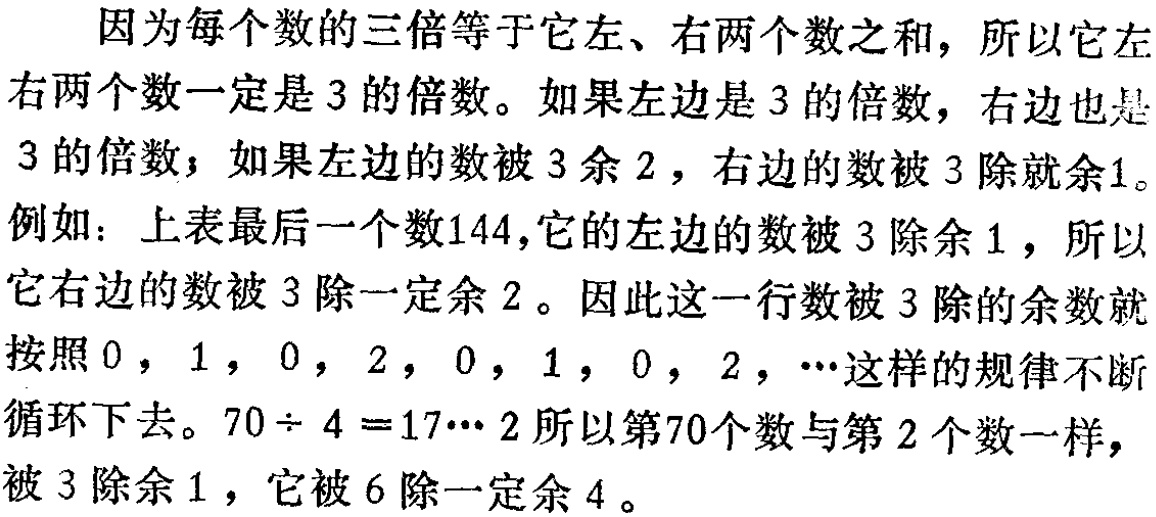
因为每个数的三倍等于它左、右两个数之和，所以它左右两个数一定是 3 的倍数。如果左边是 3 的倍数，右边也是 3 的倍数；如果左边的数被 3 余 2，右边的数被 3 除就余1。例如：上表最后一个数144，它的左边的数被 3 除余 1，所以它右边的数被 3 除一定余 2。因此这一行数被 3 除的余数就按照 0，1，0，2，0，1，0，2，…这样的规律不断循环下去。$70\div 4 = 17\cdots 2$所以第70个数与第 2 个数一样，被 3 除余 1，它被 6 除一定余 4。